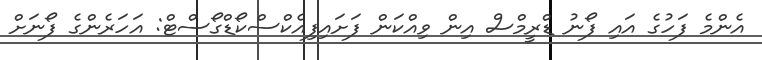
އެންމެ ފަހުގެ އައި ފޯނު ޑްރީމްސް އިން ވިއްކަން ފަށައިފިއެކްސްކޯޑްގޯސްޓް: އަހަރެންގެ ފޯނަށް